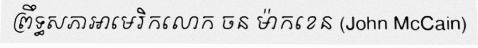
ព្រឹទ្ធសភាអាមេរិកលោក ចន ម៉ាកខេន (John McCain)